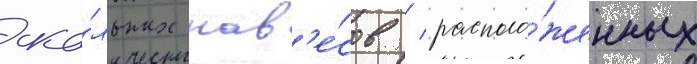
ска́льных нав'е́сов / располо́женных